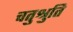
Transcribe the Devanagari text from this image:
चतुश्रुति